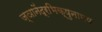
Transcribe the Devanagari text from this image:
ज्ञानेंद्रभिक्षुनामक